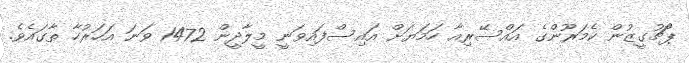
ޕޯޗުގީޒުން ކެމަރޫންގެ އައްސޭރިއާ ހަމަޔަށް އައިސްފައިވަނީ މީލާދީން 1472 ވަނަ އަހަރުހާ ތާގައެވެ.